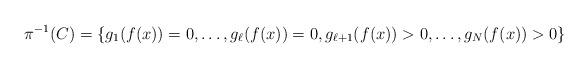
LaTeX: \begin{align*}\pi^{-1}(C) = \{g_1(f(x))=0,\dots,g_\ell(f(x))=0,g_{\ell+1}(f(x))>0,\dots,g_N(f(x)) >0\}\end{align*}